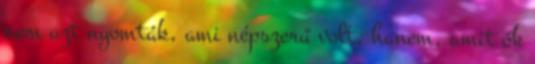
nem azt nyomták, ami népszerű volt, hanem, amit ők